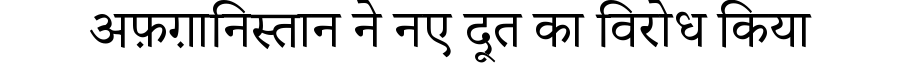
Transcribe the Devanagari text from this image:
अफ़ग़ानिस्तान ने नए दूत का विरोध किया